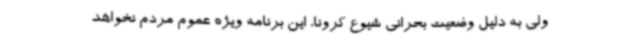
ولی به دلیل وضعیت بحرانی شیوع کرونا، این برنامه ویژه عموم مردم نخواهد